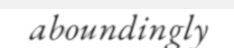
aboundingly